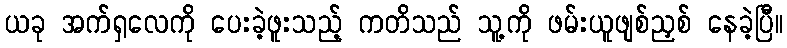
ယခု အက်ရှလေကို ပေးခဲ့ဖူးသည့် ကတိသည် သူ့ကို ဖမ်းယူဖျစ်ညှစ် နေခဲ့ပြီ။